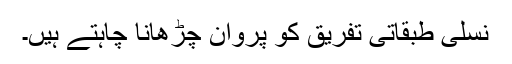
نسلی طبقاتی تفریق کو پروان چڑھانا چاہتے ہیں۔